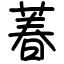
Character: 萶